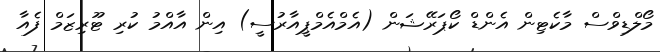
މޯލްޑިވްސް މާކެޓިން އެންޑް ކޯޕަރޭޝަން (އެމްއެމްޕީއާރުސީ) އިން އާއްމު ކުރި ޓޫރިޒަމް ފެއާ